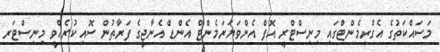
މަސައްކަތުގެ އެގްރިމެންޓްގައި މިނިސްޓްރީ އޮފް އެންވަޔަރަމެންޓް އެންޑް އެނާޖީގެ ފަރާތުން ސޮއިކުރެއްވީ މިނިސްޓަރ